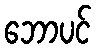
ဘောပင်